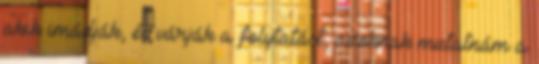
akik imádják, és várják a folytatást, azoknak mutatnám a